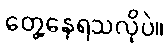
တွေ့နေရသလိုပဲ။